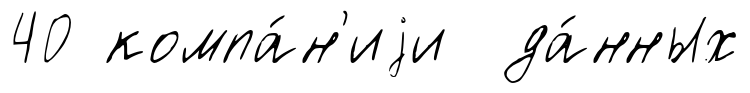
40 компа́н'иjи да́нных